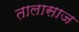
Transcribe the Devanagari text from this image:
तालासाज